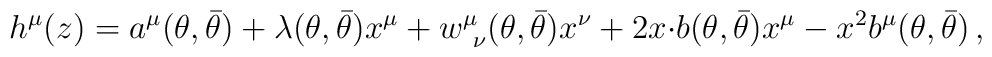
h^{\mu}(z)=a^{\mu}(\theta,\bar{\theta})+\lambda(\theta,\bar{\theta})x^{\mu}+w^{\mu}_{~\nu}(\theta,\bar{\theta})x^{\nu}+2x{\cdot b}(\theta,\bar{\theta})x^{\mu}-x^{2}b^{\mu}(\theta,\bar{\theta})\,,